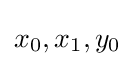
x_{0},x_{1},y_{0}